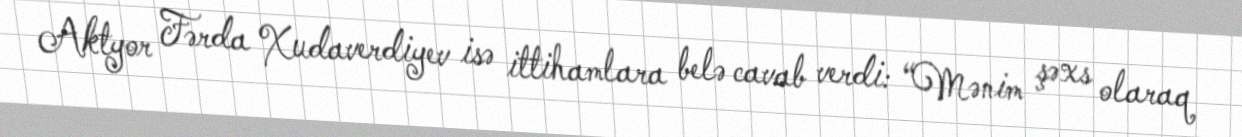
Aktyor Fərda Xudaverdiyev isə ittihamlara belə cavab verdi: “Mənim şəxs olaraq